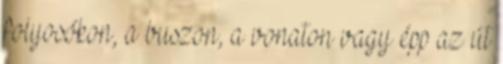
folyosókon, a buszon, a vonaton vagy épp az út